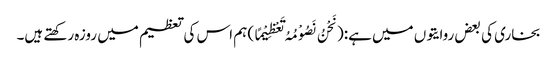
بخاری کی بعض روایتوں میں ہے:(نَحْنُ نَصُوْمُہُ تَعْظِیْمًا) ہم اس کی تعظیم میں روزہ رکھتے ہیں۔